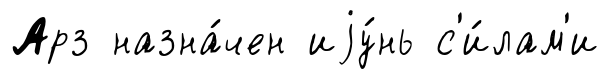
Арз назна́чен иjу́нь с'и́лам'и